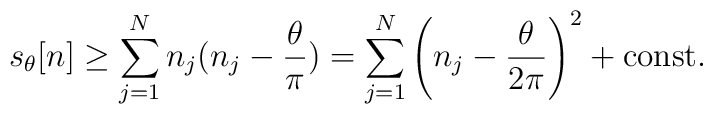
s_\theta[n] \geq \sum_{j=1}^N n_j(n_j-\frac{\theta}{\pi}) = \sum_{j=1}^N \left( n_j -\frac{\theta}{2 \pi} \right)^2 + \mbox{const.}